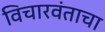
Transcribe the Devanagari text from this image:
विचारवंताचा